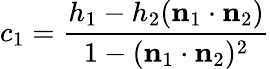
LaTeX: c_{1}={\frac{h_{1}-h_{2}(\mathbf{n}_{1}\cdot\mathbf{n}_{2})}{1-(\mathbf{n}_{1}\cdot\mathbf{n}_{2})^{2}}}